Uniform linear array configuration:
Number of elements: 16
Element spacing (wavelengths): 0.25
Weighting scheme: uniform
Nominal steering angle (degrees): -45
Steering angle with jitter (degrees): -44.063
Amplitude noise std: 0.05
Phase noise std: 0.05

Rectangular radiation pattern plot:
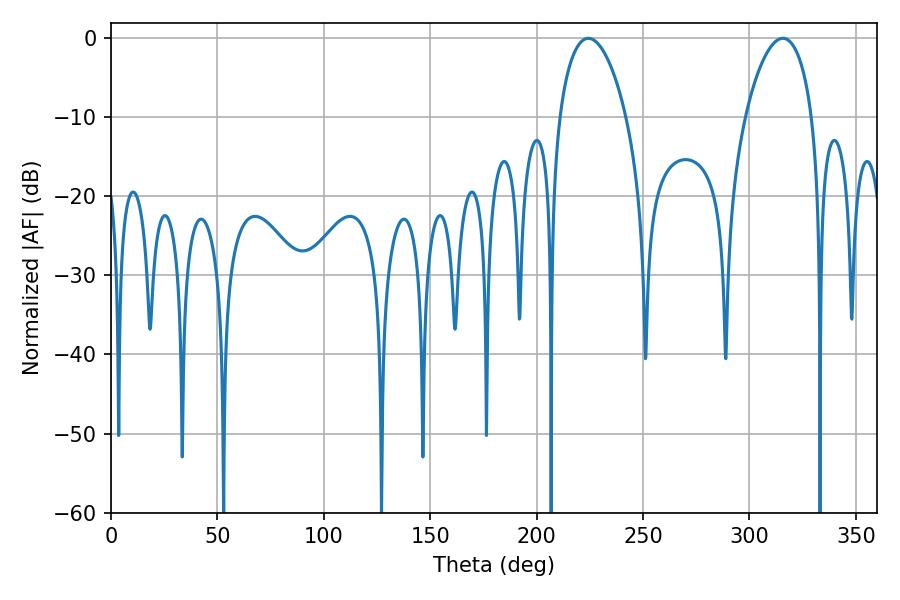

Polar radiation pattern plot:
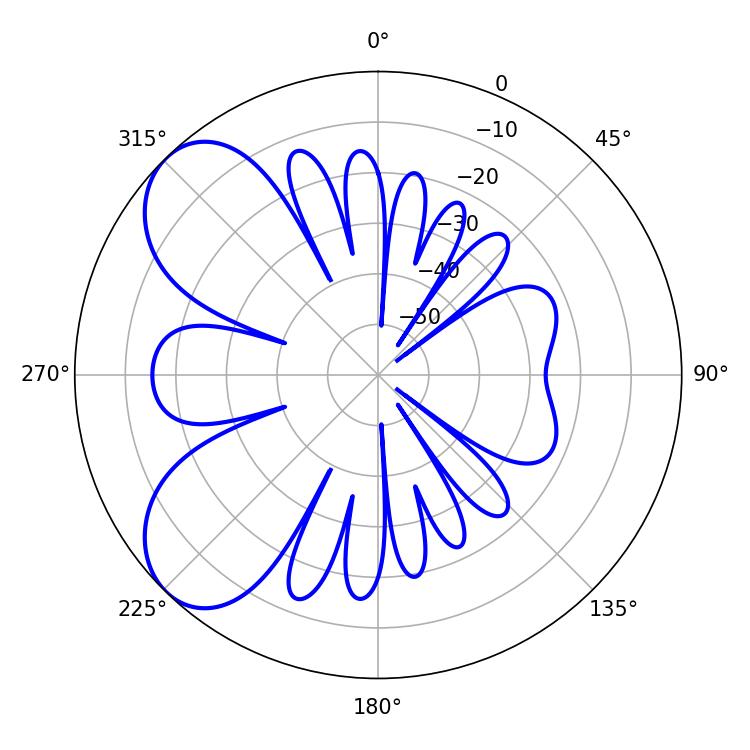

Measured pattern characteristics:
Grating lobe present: FALSE
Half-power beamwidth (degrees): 17.64
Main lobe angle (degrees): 224.28